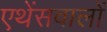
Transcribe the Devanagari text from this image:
एथेंसवालों